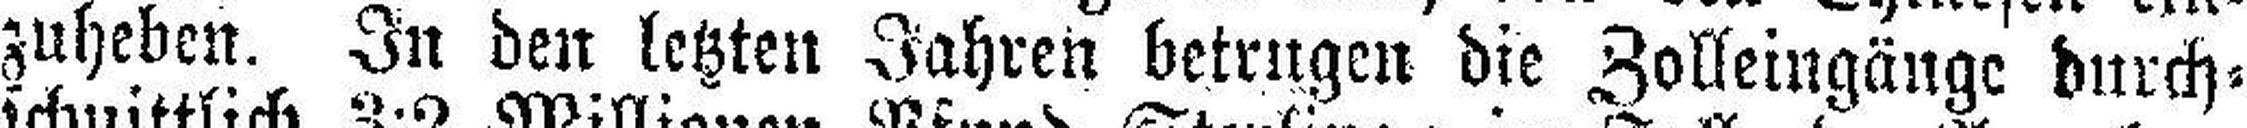
zuheben. In den letzten Jahren betrugen die Zolleingänge durch¬